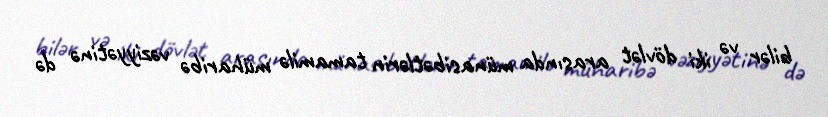
bilər və iki dövlət arasında münasibətlərin tamamilə müharibə vəziyyətinə də